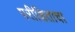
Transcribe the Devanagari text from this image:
परीक्षिताचा